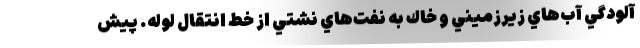
آلودگي آب‌هاي زيرزميني و خاك به نفت‌هاي نشتي از خط انتقال لوله. پيش